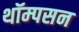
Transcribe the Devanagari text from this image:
थॉम्‍पसन